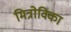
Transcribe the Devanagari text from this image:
मित्रोविका